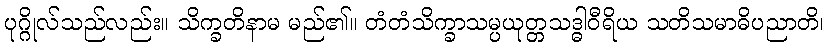
ပုဂ္ဂိုလ်သည်လည်း။ သိက္ခတိနာမ မည်၏။ တံတံသိက္ခာသမ္ပယုတ္တသဒ္ဓါဝီရိယ သတိသမာဓိပညာတိ၊